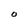
Character: O